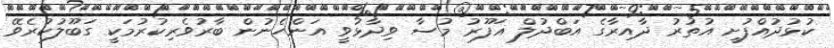
ކުޅުދުއްފުށީ އުތުރު ދާއިރާގެ އަބްދުލް ޣަފޫރު މުސާ ވިދާޅުވީ އަންހެނުން ބާރުވެރިކުރުމަކީ ގަބޫލުކުރެވޭ